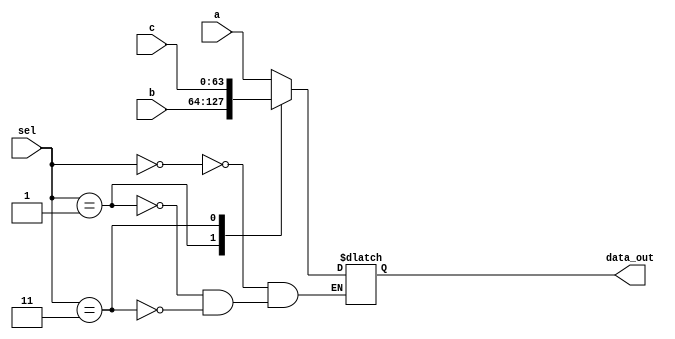
module mux3
(
   input [63:0] a, 
   input [63:0] b,
   input [63:0] c,
   input [1:0] sel,
   output reg [63: 0] data_out
   
);

     always @ (sel or a or b or c)
          begin
               case({sel})
                 2'b00: data_out <= a;
                 2'b01: data_out <= b;
                 2'b11: data_out <= c;
               endcase
          end
endmodule